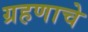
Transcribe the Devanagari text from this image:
ग्रहणाचे